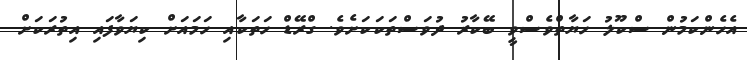
އެހެންކަމުން ސްކޫލު ހަޔާތްވެސްވީ ބޭކާރު ދުވަސްތަކަކަށެވެ. ގްރޭޑް ހަތަކާއި ހަމައަށް ކިޔަވާފައި އިތުރަކަށް